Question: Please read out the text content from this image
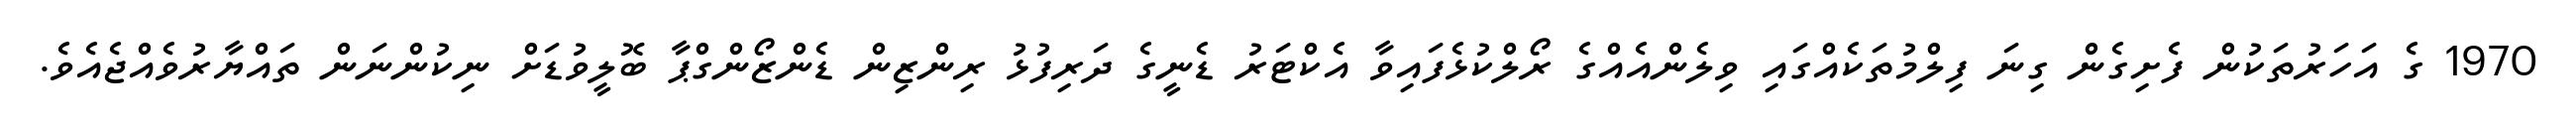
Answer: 1970 ގެ އަހަރުތަކުން ފެށިގެން ގިނަ ފިލްމުތަކެއްގައި ވިލެންއެއްގެ ރޯލްކުޅެފައިވާ އެކްޓަރު ޑެނީގެ ދަރިފުޅު ރިންޒިން ޑެންޒޯންގްޕާ ބޮލީވުޑަށް ނިކުންނަން ތައްޔާރުވެއްޖެއެވެ.